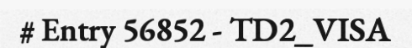
# Entry 56852 - TD2_VISA